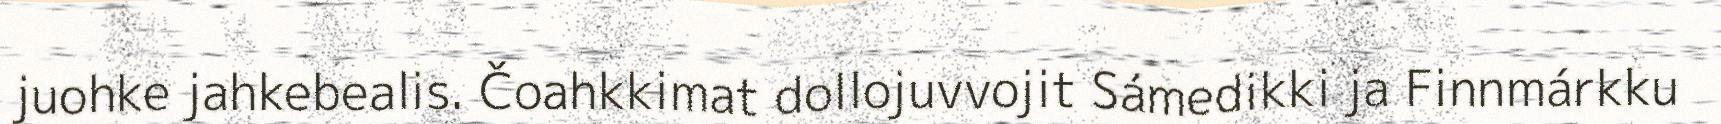
juohke jahkebealis. Čoahkkimat dollojuvvojit Sámedikki ja Finnmárkku